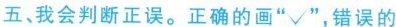
五、我会判断正误。正确的画”√”，错误的画